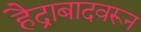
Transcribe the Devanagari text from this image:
हैद्राबादवरून